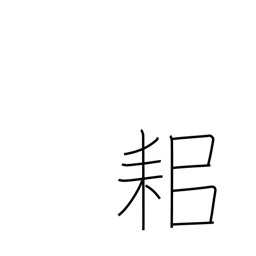
Meaning: plough